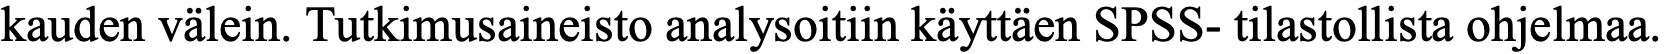
kauden välein. Tutkimusaineisto analysoitiin käyttäen SPSS- tilastollista ohjelmaa.